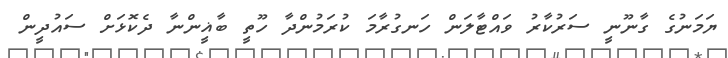
ޔަމަނުގެ ގާނޫނީ ސަރުކާރު ވައްޓާލަން ހަނގުރާމަ ކުރަމުންދާ ހޫތީ ބާޣީންނާ ދެކޮޅަށް ސައުދީން